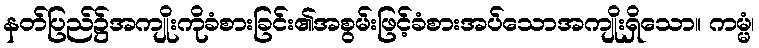
နတ်ပြည်၌အကျိုးကိုခံစားခြင်း၏အစွမ်းဖြင့်ခံစားအပ်သောအကျိုးရှိသော။ ကမ္မံ၊